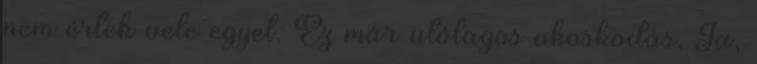
nem értek vele egyet. Ez már utólagos okoskodás. Ja,